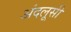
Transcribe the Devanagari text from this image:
अंदलूसी